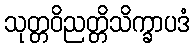
သုတ္တဝိညတ္တိသိက္ခာပဒံ